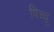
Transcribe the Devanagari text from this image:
पिच्चु